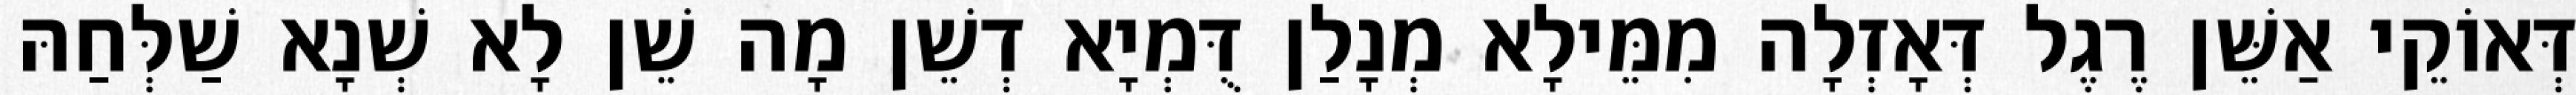
דְּאוֹקֵי אַשֵּׁן רֶגֶל דְּאָזְלָה מִמֵּילָא מְנָלַן דֻּמְיָא דְשֵׁן מָה שֵׁן לָא שְׁנָא שַׁלְּחַהּ